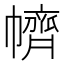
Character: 䶓